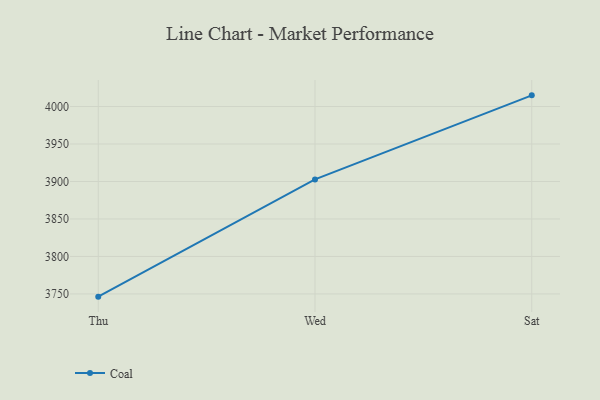
{"axis": {"x": "Day", "y": "Latency (ms)"}, "legend": ["Coal"], "data": [{"x": "Thu", "y": 3746.4, "type": "Coal"}, {"x": "Wed", "y": 3902.8, "type": "Coal"}, {"x": "Sat", "y": 4014.9, "type": "Coal"}]}